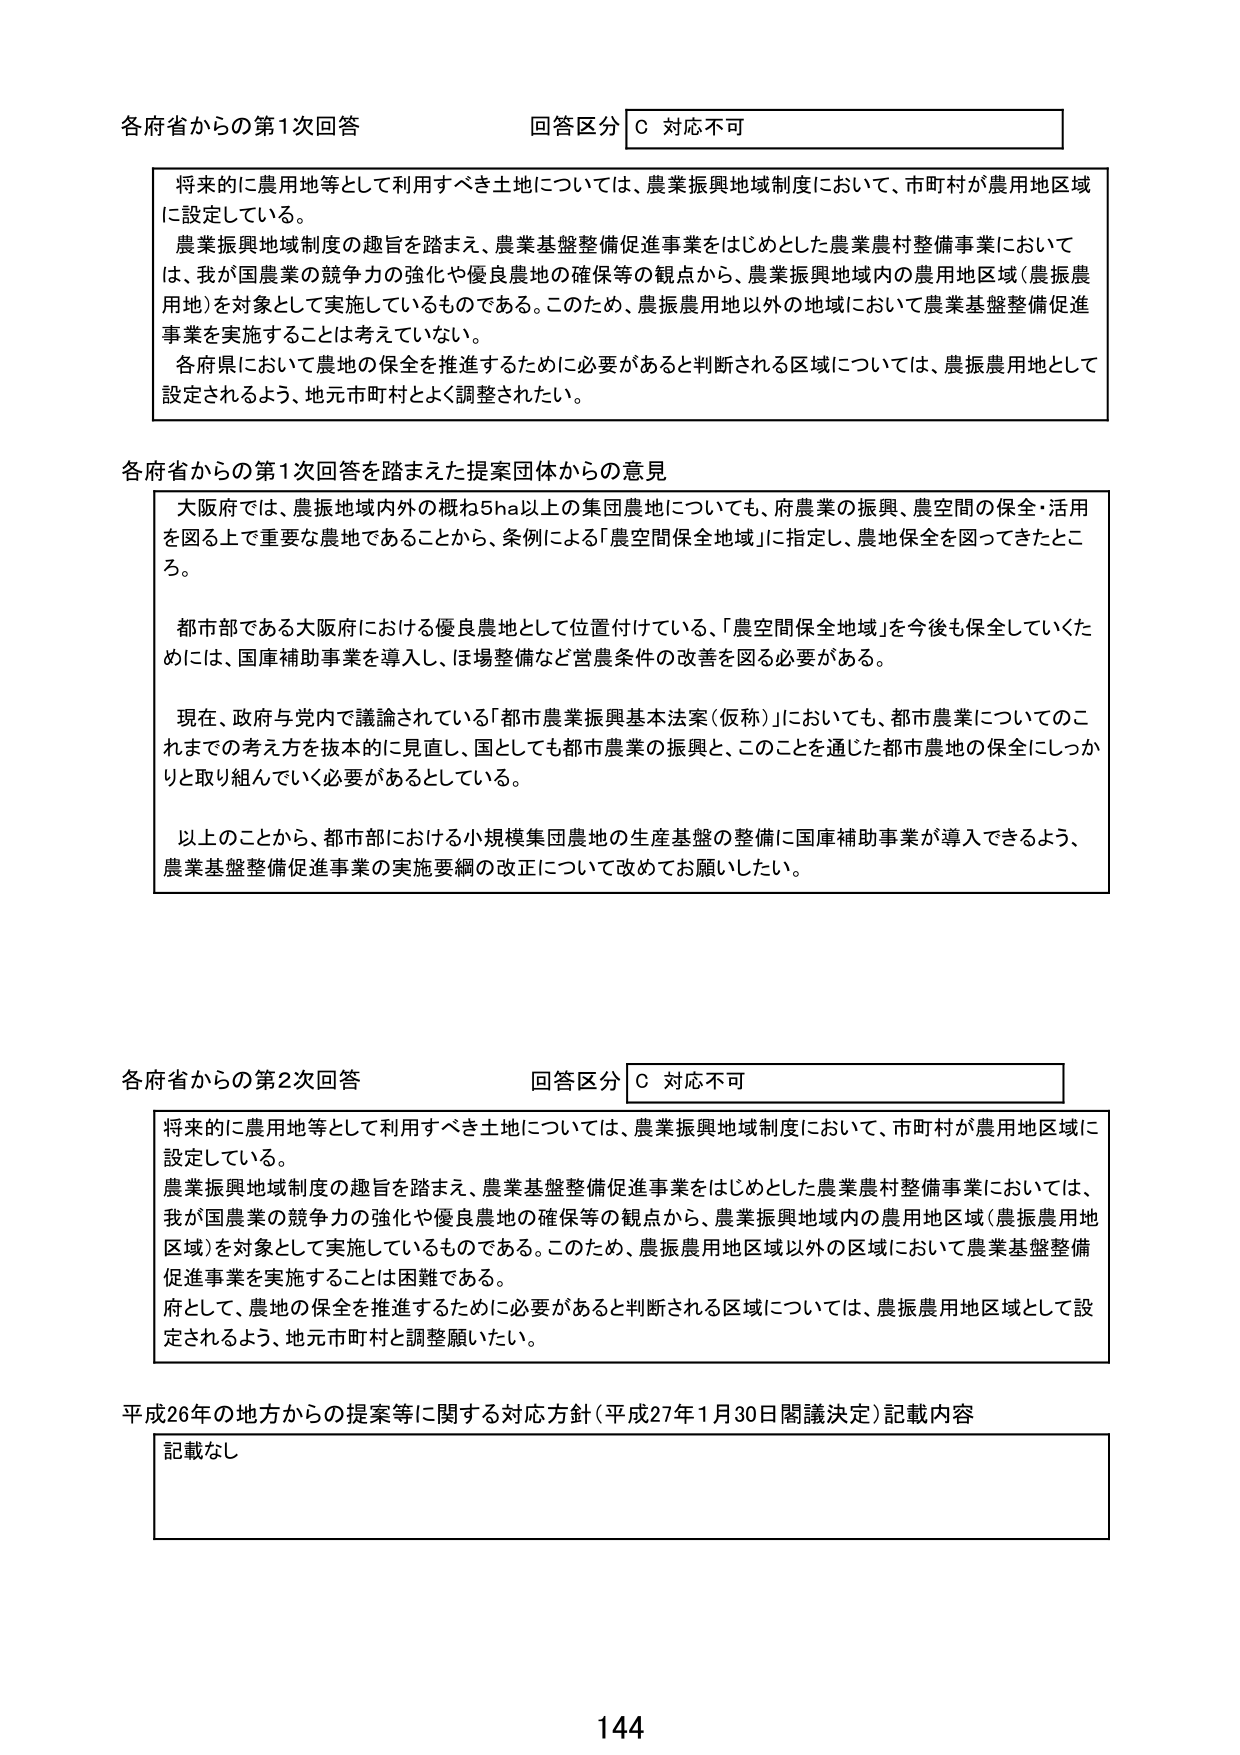
各府省からの第1次回答 回答区分 C 対応不可

将来的に農用地等として利用すべき土地については、農業振興地域制度において、市町村が農用地区域に設定している。
農業振興地域制度の趣旨を踏まえ、農業基盤整備促進事業をはじめとした農業農村整備事業においては、我が国農業の競争力の強化や優良農地の確保等の観点から、農業振興地域内の農用地区域（農振農用地）を対象として実施しているものである。このため、農振農用地以外の地域において農業基盤整備促進事業を実施することは考えていない。
各府県において農地の保全を推進するために必要があると判断される区域については、農振農用地として設定されるよう、地元市町村とよく調整されたい。

各府省からの第1次回答を踏まえた提案団体からの意見

大阪府では、農振地域内外の概ね5ha以上の集団農地についても、府農業の振興、農空間の保全・活用を図る上で重要な農地であることから、条例による「農空間保全地域」に指定し、農地保全を図ってきたところ。
都市部である大阪府における優良農地として位置付けている、「農空間保全地域」を今後も保全していくためには、国庫補助事業を導入し、ほ場整備など営農条件の改善を図る必要がある。
現在、政府与党内で議論されている「都市農業振興基本法案（仮称）」においても、都市農業についてのこれまでの考え方を抜本的に見直し、国としても都市農業の振興と、このことを通じた都市農地の保全にしっかり取り組んでいく必要があるとしている。
以上のことから、都市部における小規模集団農地の生産基盤の整備に国庫補助事業が導入できるよう、農業基盤整備促進事業の実施要綱の改正について改めてお願いしたい。

各府省からの第2次回答 回答区分 C 対応不可

将来的に農用地等として利用すべき土地については、農業振興地域制度において、市町村が農用地区域に設定している。
農業振興地域制度の趣旨を踏まえ、農業基盤整備促進事業をはじめとした農業農村整備事業においては、我が国農業の競争力の強化や優良農地の確保等の観点から、農業振興地域内の農用地区域（農振農用地区域）を対象として実施しているものである。このため、農振農用地区域以外の区域において農業基盤整備促進事業を実施することは困難である。
府として、農地の保全を推進するために必要があると判断される区域については、農振農用地区域として設定されるよう、地元市町村と調整願いたい。

平成26年の地方からの提案等に関する対応方針（平成27年1月30日閣議決定）記載内容

記載なし

144